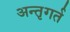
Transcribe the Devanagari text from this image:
अन्तृगर्त